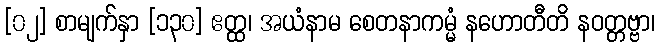
[၀၂] စာမျက်နှာ [၁၃၀] ဧတ္ထ၊ အယံနာမ စေတနာကမ္မံ နဟောတီတိ နဝတ္တဗ္ဗာ၊